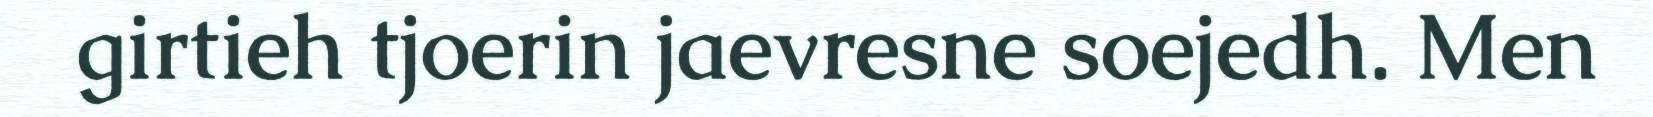
girtieh tjoerin jaevresne soejedh. Men